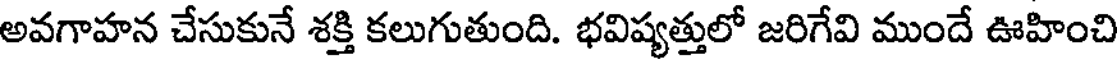
అవగాహన చేసుకునే శక్తి కలుగుతుంది. భవిష్యత్తులో జరిగేవి ముందే ఊహించి